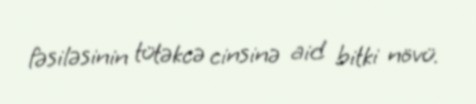
fəsiləsinin tütəkcə cinsinə aid bitki növü.